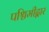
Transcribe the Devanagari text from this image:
पश्चिमीद्वार